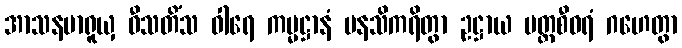
အာသနမာရူယှ ဝီသတိံသ ဝါရေ ကမ္မဋ္ဌာနံ မနသိကရိတွာ ဥဋ္ဌာယ ပတ္တစီဝရံ ဂဟေတွာ